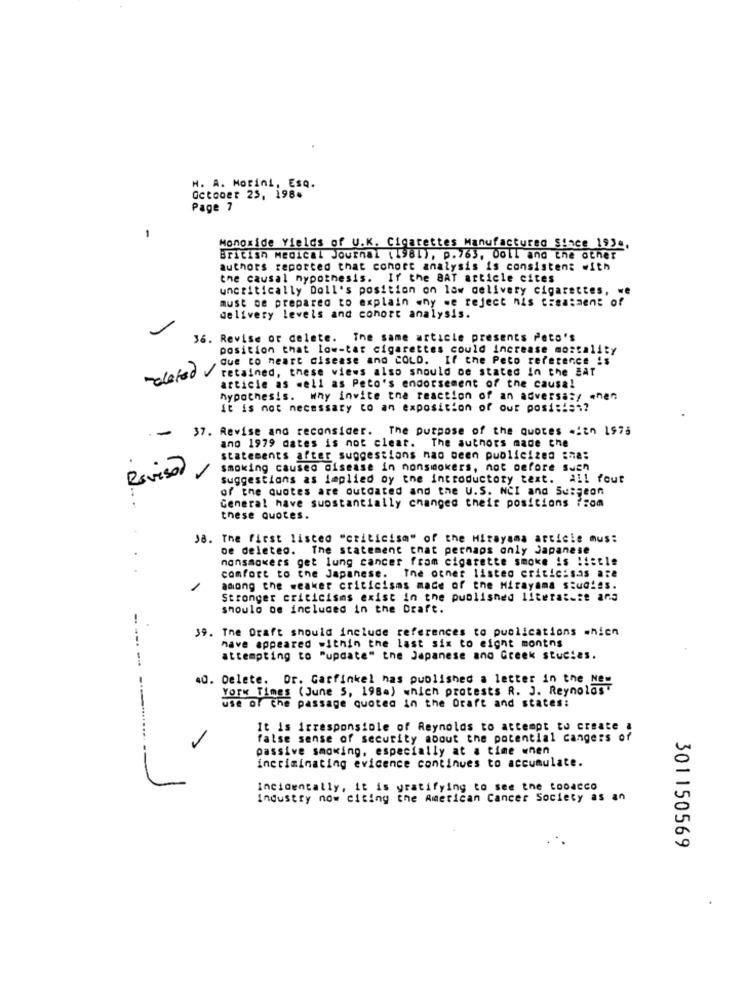
H. A. Morini, Esq.
October 25, 198.
Page 7
-
Monoxide Yields of U.K. Cigarettes Manufactured Since 1934,
British Medical Journal (1981), p.763, boll and the other
authors reported that cohort analysis is consistent with
the causal hypothesis. If the BAT article cites
uncritically Doll's position on low delivery cigarettes, we
must be prepared to explain why we reject his treatment of
delivery levels and cohort analysis.
36. Revise or delete. The same article presents Peto's
position that low-tar cigarettes could increase mostality
Que to heart disease and COLD. If the Peto reference 's
molefed retained, these views also should be stated In the EAT
article as well as Peto's endorsement of the causa!
hypothesis. why invite the reaction of an adversary when
it is not necessary to an exposition of out post ::= "?
-
37. Revise and reconsider. The purpose of the Quotes .iin 1975
ano 1979 dates is not clear. The authors made the
statements after suggestions nao been publicized :na:
smoking caused disease in nonsmokers, not before such
Revisor
suggestions as implied oy the introductory text. all fout
of the quotes are outdated and the U.S. NCI and Surgeon
General have substantially changed their positions from
these quotes.
J8. The first listed "criticism" of the Hitayama article mus:
De deleteo. The statement that pernaps only Japanese
nonsmokers get lung cancer from cigarette smoke is !i:tle
comfort to the Japanese. The other listed critic:sas are
among the weaker criticisms made of the Mirayama studies.
Stronger criticisms exist in the published literat .: ana
should be included in the Draft.
39. The Draft should include references to publications which
have appeared within the last six to eight montns
--
attempting to "update" the Japanese and Greek stucies.
40. Delete. Dr. Garfinkel has published a letter in the New
York Times (June 5, 1984) which protests R. J. Reynolds"
use of the passage quoted in the Draft and states:
It is irresponsible of Reynolds to attempt to create a
false sense of security about the potential cangers of
passive smoking, especially at a time wnen
incriminating evicence continues to accumulate.
Incidentally, it is gratifying to see the tobacco
Industry now citing the American Cancer Society as an
301150569